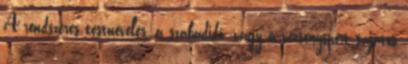
A rendszeres testnevelés, a szabadidő- vagy a versenysport sajátos